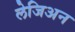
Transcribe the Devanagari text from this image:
लेजिअन